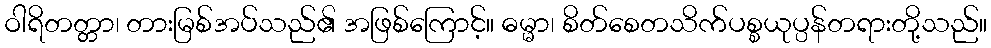
ဝါရိတတ္တာ၊ တားမြစ်အပ်သည်၏ အဖြစ်ကြောင့်။ ဓမ္မာ၊ စိတ်စေတသိက်ပစ္စယုပ္ပန်တရားတို့သည်။